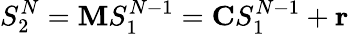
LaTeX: S_{2}^{N}=\mathbf{M}S_{1}^{N-1}=\mathbf{C}S_{1}^{N-1}+\mathbf{r}